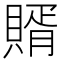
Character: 𧶳